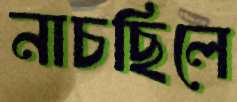
নাচছিলে